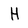
Character: H